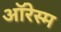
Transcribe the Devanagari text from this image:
ऑरेस्म